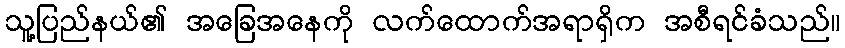
သူ့ပြည်နယ်၏ အခြေအနေကို လက်ထောက်အရာရှိက အစီရင်ခံသည်။